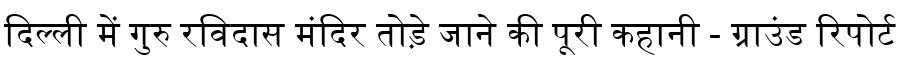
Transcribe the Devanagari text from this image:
दिल्ली में गुरु रविदास मंदिर तोड़े जाने की पूरी कहानी - ग्राउंड रिपोर्ट